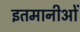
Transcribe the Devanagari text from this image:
इतमानीओं